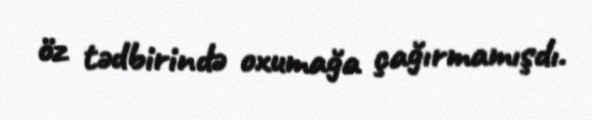
öz tədbirində oxumağa çağırmamışdı.